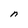
Character: n